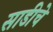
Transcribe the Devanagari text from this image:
साडीचे